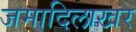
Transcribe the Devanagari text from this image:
जमादिलाखर